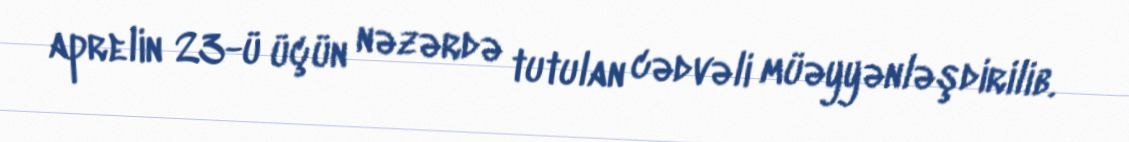
aprelin 23-ü üçün nəzərdə tutulan cədvəli müəyyənləşdirilib.